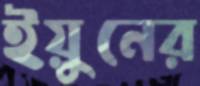
ইয়ুনের